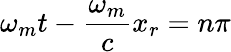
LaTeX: \omega_{m}t-\frac{\omega_{m}}{c}x_{r}=n\pi